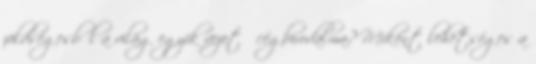
zöldségesből a világ egyik vezető cégbirodalma? Miként lehetséges a